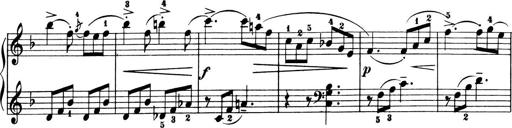
Title: 6 Piano Sonatinas
Composer: Cornelius Gurlitt